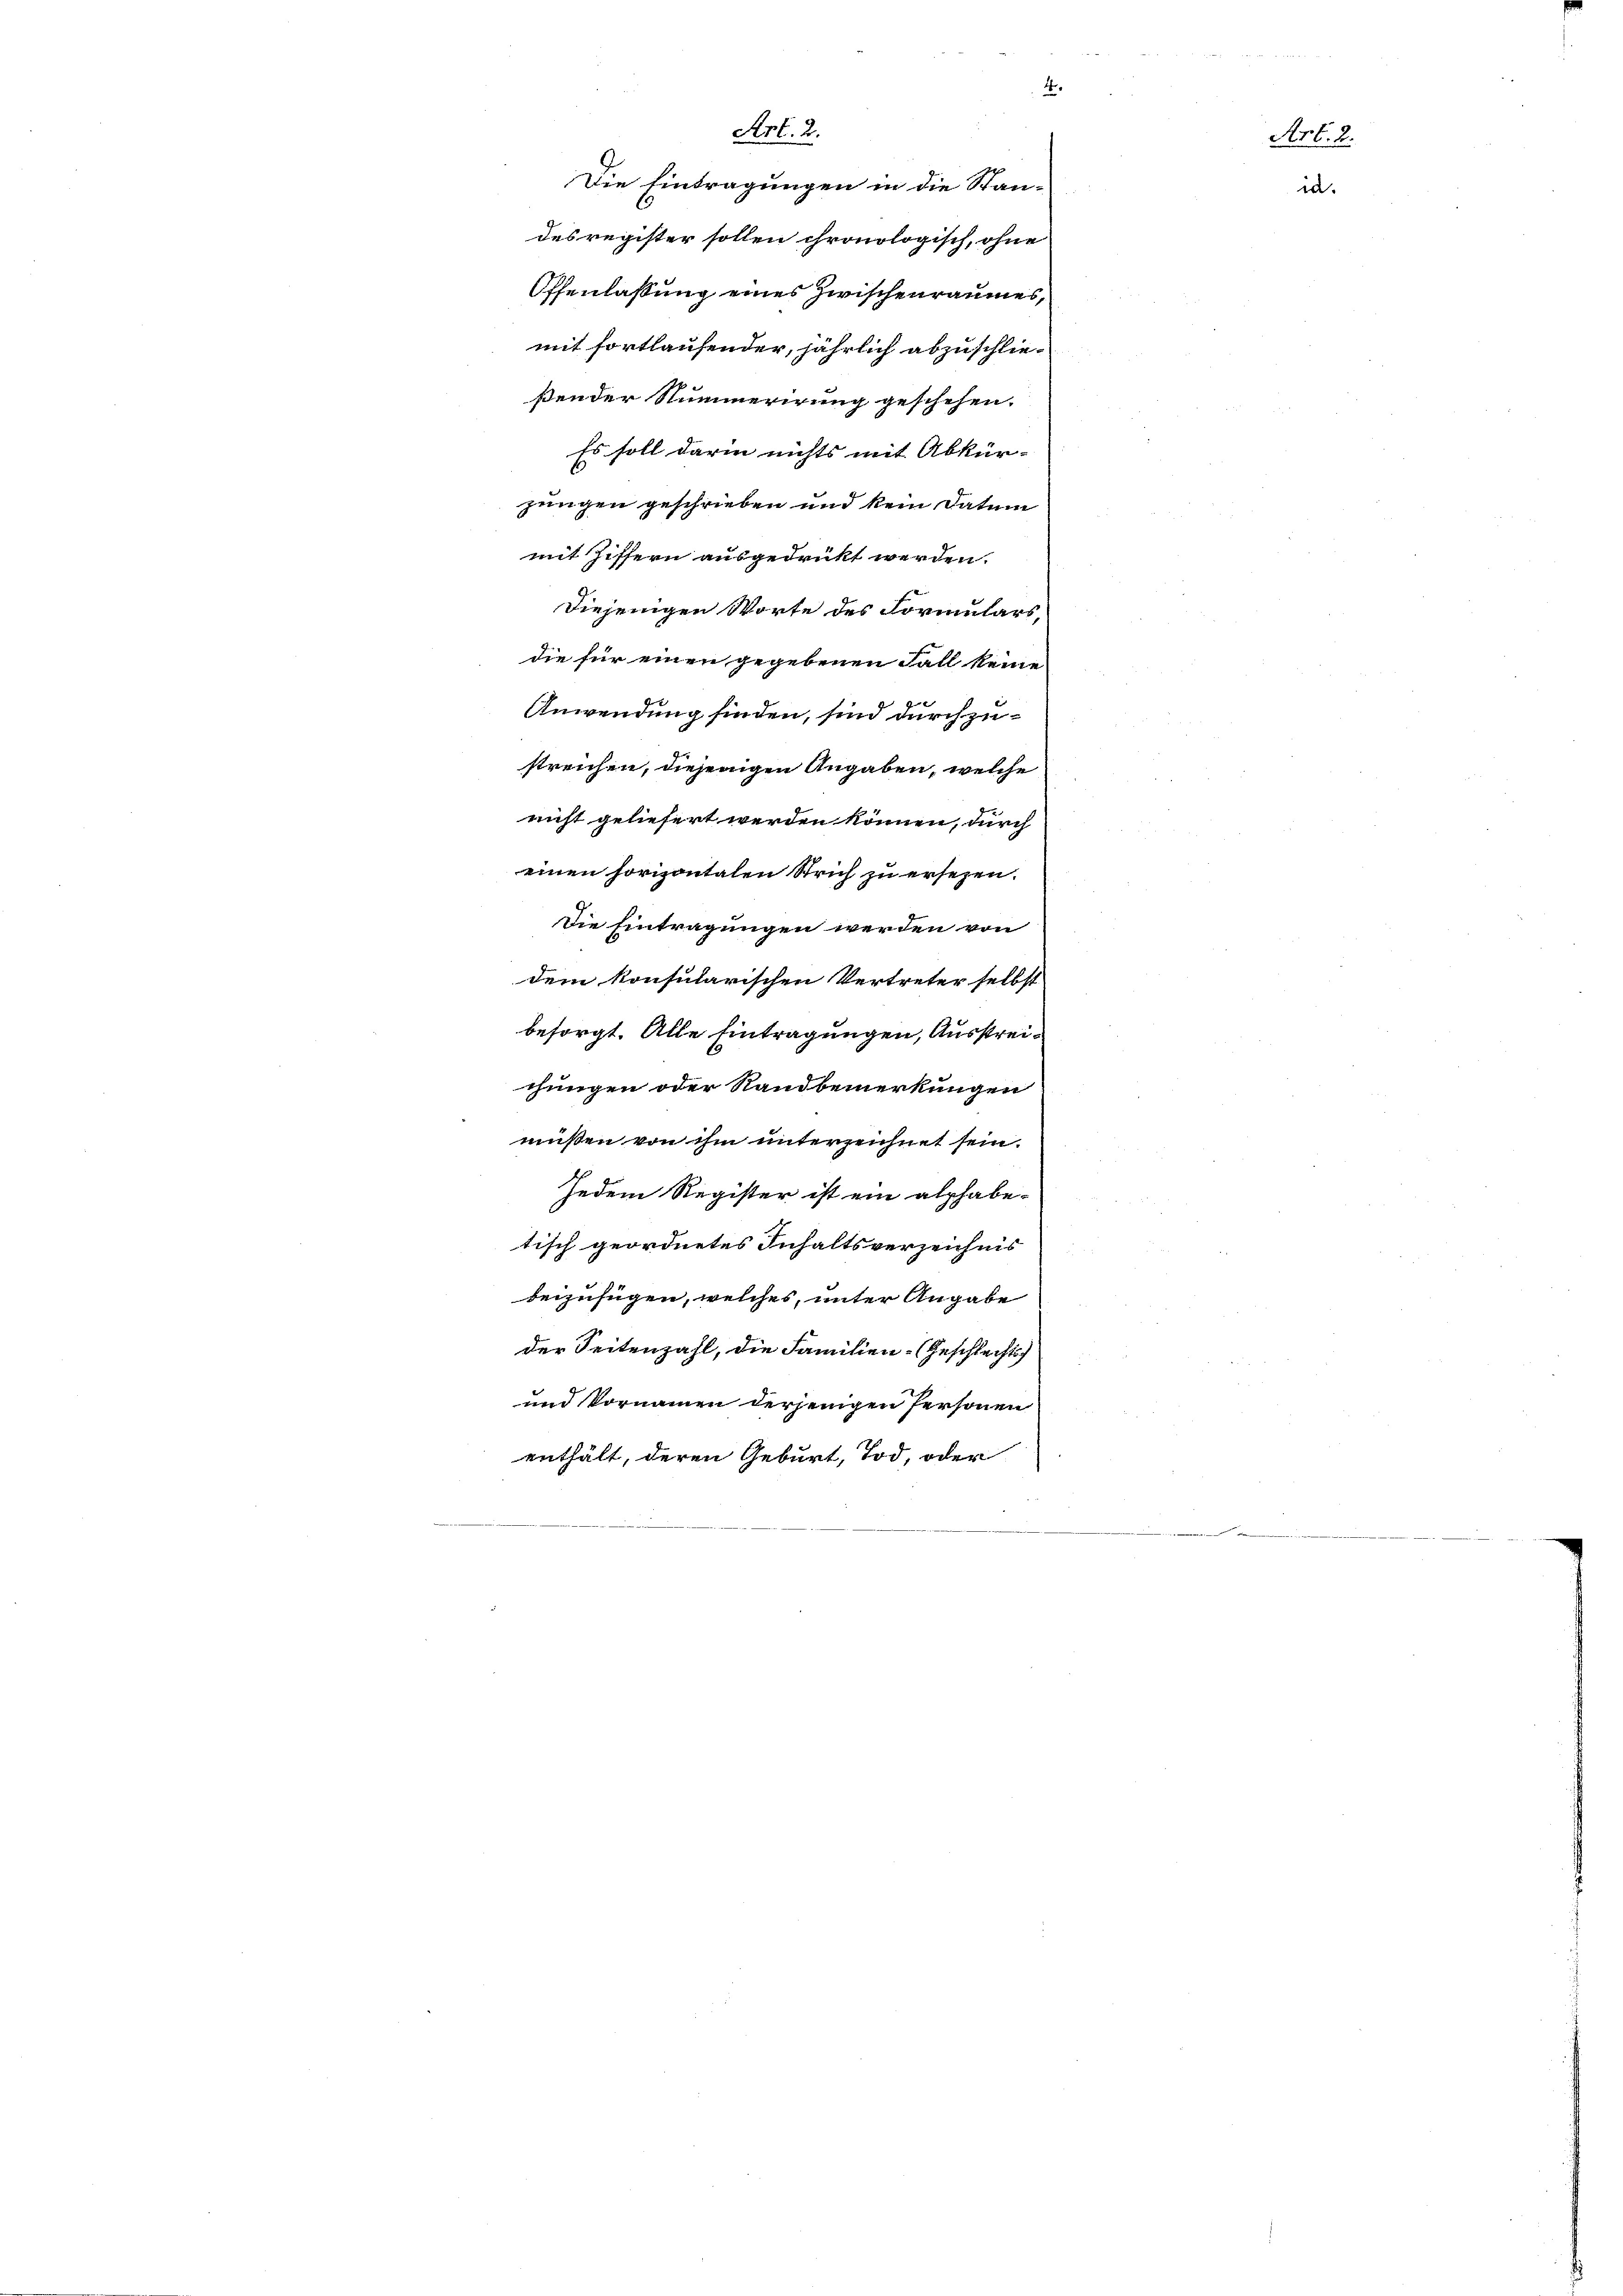
Art. 2.
Die Eintragungen in die Stan-
desregister sollen chronologisch, ohne
Offenlassung eines Zwischenraumes
mit fortlaufender, jährlich abzuschließender Summerirung geschehen.
Es soll darin nichts mit Abkür-
jungen geschrieben und kein Datum
mit Ziffern ausgedruckt werden.
diejenigen Worte des Formulars,
die für einen gegebenen Fall keine
Anwendung finden, sind durchzustreichen, diejenigen Angaben, welche
nicht geliefert werden können, durch
einen horizontalen Strich zu ersezen.
Die Eintragungen werden von
dem konsularischen Vertreter selbst
besorgt. Alle Eintragungen, Ausstreichungen oder Randbemerkungen
müßen von ihm unterzeichnet sein.
Jedem Register ist ein alphabe-
tisch geordnetes Inhaltsverzeichnis
beizufügen, welches, unter Angabe
der Seitenzahl, die Familien-Geschlechts
und Vornamen derjenigen Personen
enthält, deren Geburt, Tod, oder

9

Art. 2.
r.